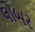
લોબર